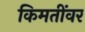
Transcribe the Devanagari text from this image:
किमतींवर